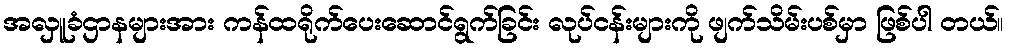
အလှူခံဌာနများအား ကန်ထရိုက်ပေးဆောင်ရွက်ခြင်း လုပ်ငန်းများကို ဖျက်သိမ်းပစ်မှာ ဖြစ်ပါ တယ်။